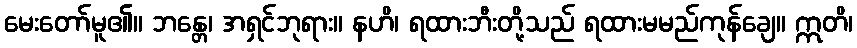
မေးတော်မူ၏။ ဘန္တေ၊ အရှင်ဘုရား။ နဟိ၊ ရထားဘီးတို့သည် ရထားမမည်ကုန်ချေ။ ဣတိ၊